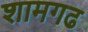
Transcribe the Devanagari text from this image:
शामगढ